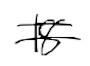
Text: 18
Cross-out: double-line
Writing tool: digital_black